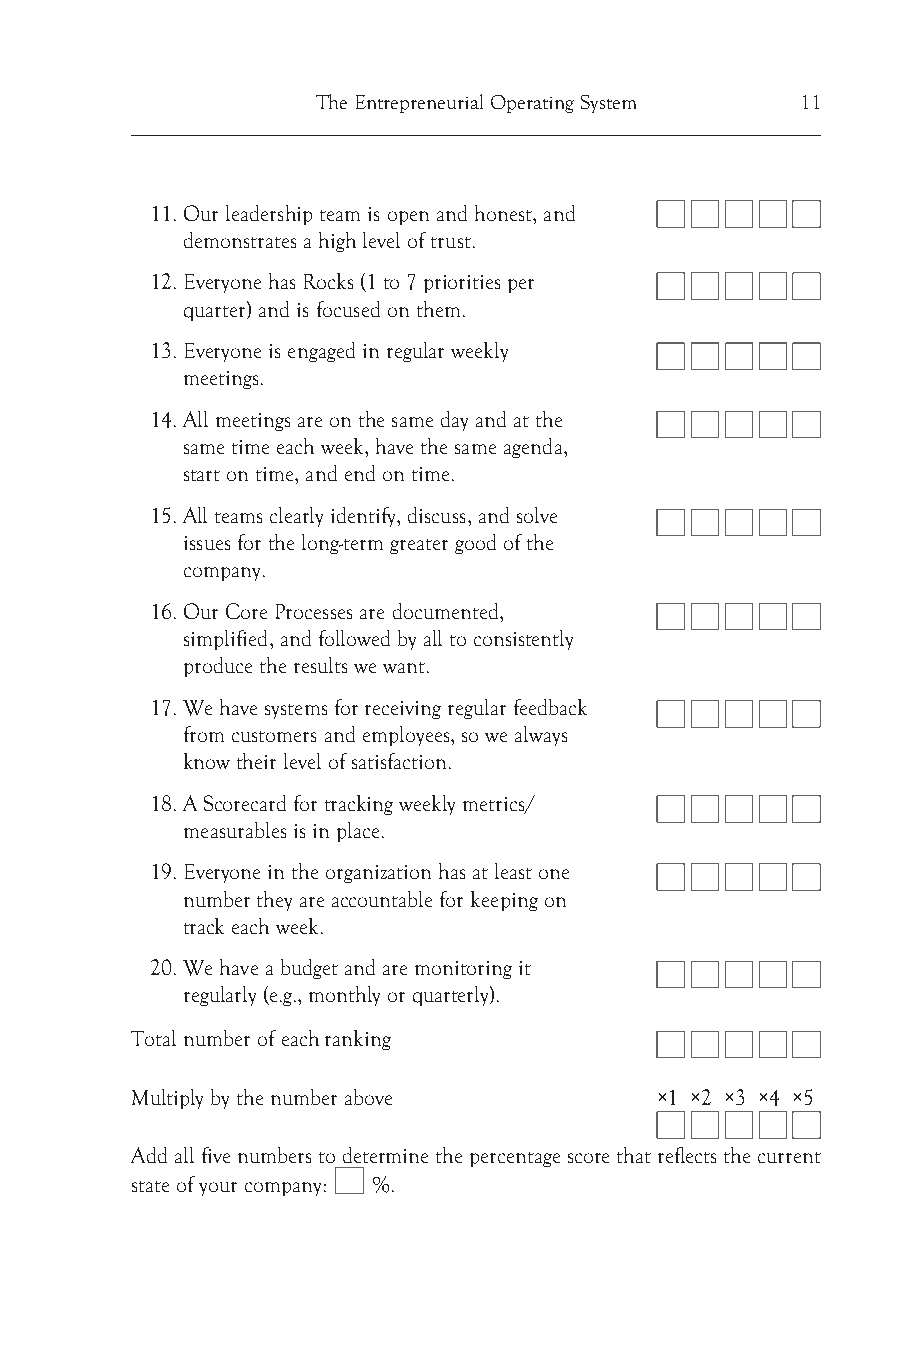
The Entrepreneurial Operating System 11
 11. Our leadership team is open and honest, and
 demonstrates a high level of trust.
 12. Everyone has Rocks (1 to 7 priorities per
 quarter) and is focused on them.
 13. Everyone is engaged in regular weekly
 meetings.
 14. All meetings are on the same day and at the
 same time each week, have the same agenda,
 start on time, and end on time.
 15. All teams clearly identify, discuss, and solve
 issues for the long-term greater good of the
 company.
 16. Our Core Processes are documented,
 simplified, and followed by all to consistently
 produce the results we want.
 17. We have systems for receiving regular feedback
 from customers and employees, so we always
 know their level of satisfaction.
 18. A Scorecard for tracking weekly metrics/
 measurables is in place.
 19. Everyone in the organization has at least one
 number they are accountable for keeping on
 track each week.
 20. We have a budget and are monitoring it
 regularly (e.g., monthly or quarterly).
 Total number of each ranking
 Multiply by the number above       ×1 ×2 ×3 ×4 ×5
 Add all five numbers to determine the percentage score that reflects the current
 state of your company: %.
 Traction_Interior_JUNE2017.indd 11               6/26/2017 11:29:42 AM